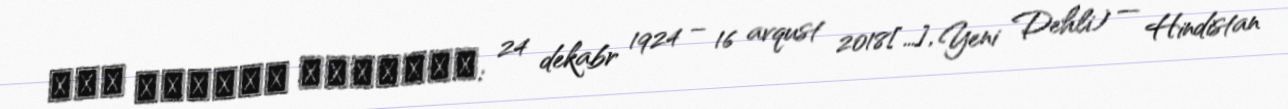
अटल बिहारी वाजपेयी; 24 dekabr 1924 – 16 avqust 2018[…], Yeni Dehli) — Hindistan